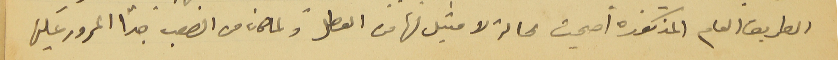
الطريق العام المذكورة اصبحت بحالة لا مثيل لها من العطل ولما كان من الصعب جدًا المرور عليها